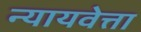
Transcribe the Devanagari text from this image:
न्यायवेत्ता